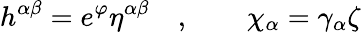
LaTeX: h^{\alpha\beta}=e^{\varphi}\eta^{\alpha\beta}\quad,\qquad\chi_{\alpha}=\gamma_{\alpha}\zeta